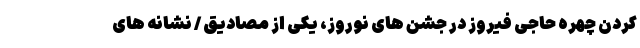
کردن چهره حاجی فیروز در جشن های نوروز، یکی از مصادیق / نشانه های